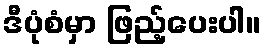
ဒီပုံစံမှာ ဖြည့်ပေးပါ။